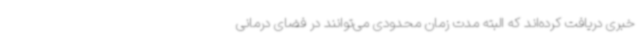
خبری دریافت کرده‌اند که البته مدت زمان محدودی می‌توانند در فضای درمانی